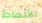
الألفاظ